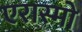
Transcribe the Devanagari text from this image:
एरास्मो